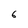
Character: 6